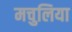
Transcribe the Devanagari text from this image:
मचुलिया